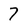
Character: 7